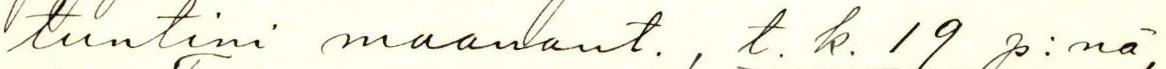
tuntini maanant., t. k. 19 p:nä,